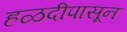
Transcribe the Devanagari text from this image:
हळदीपासून